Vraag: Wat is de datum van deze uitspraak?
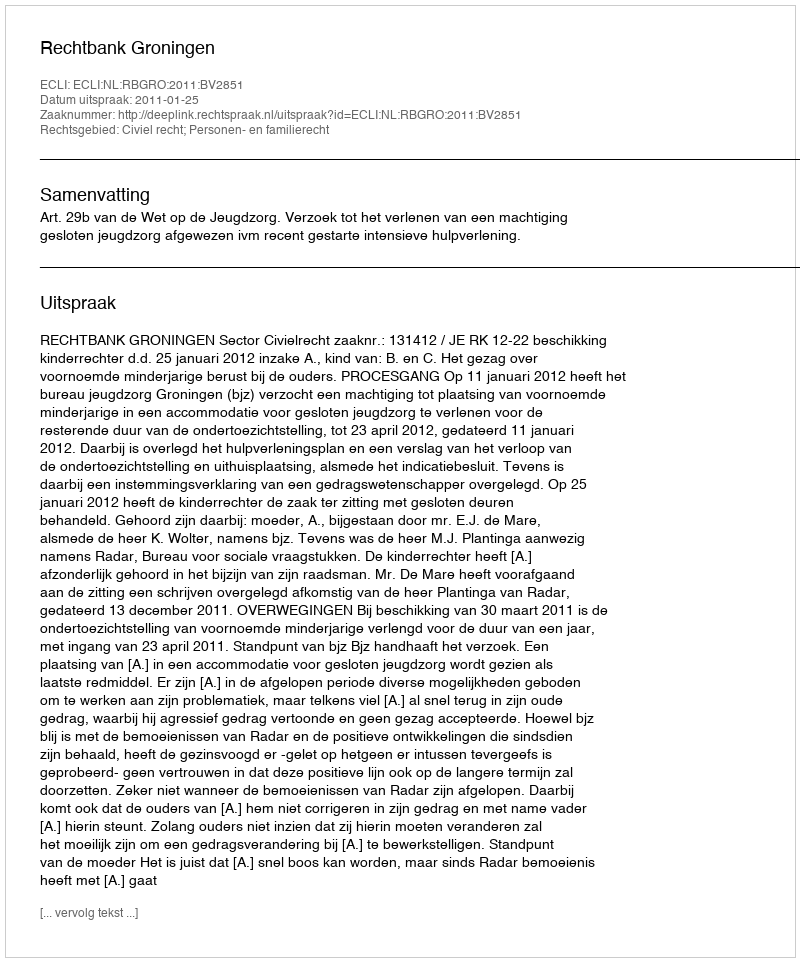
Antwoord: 2011-01-25